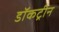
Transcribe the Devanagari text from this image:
डॉकट्रीन